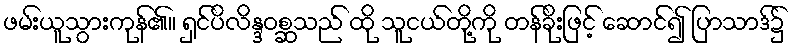
ဖမ်းယူသွားကုန်၏။ ရှင်ပိလိန္ဒဝစ္ဆသည် ထို သူငယ်တို့ကို တန်ခိုးဖြင့် ဆောင်၍ ပြာသာဒ်၌